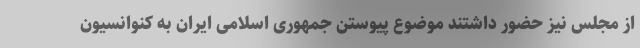
از مجلس نیز حضور داشتند موضوع پیوستن جمهوری اسلامی ایران به کنوانسیون